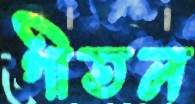
গীতল